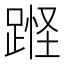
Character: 𰸘